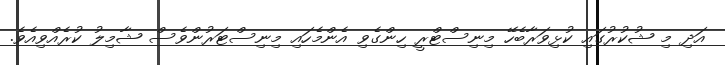
އަދި މި ޝުކުރުގައި ކުޅިވަރާބެހޭ މިނިސްޓްރީ ހިންގެވި އެންމެހައި މިނިސްޓަރުންވެސް ޝާމިލު ކުރެއްވިއެވެ.